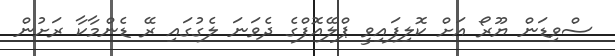
ސްވިޑަން ޔޫރޯ އަށް ކޮލިފައިވީ ޕްލޭއޮފްގެ ދެވަނަ ލެގުގައި ރޭ ޑެންމާކާ ރަށުން